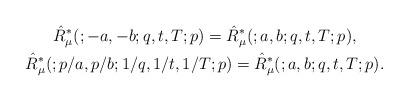
LaTeX: \begin{gather*}\hat{R}^*_\mu(;-a,-b;q,t,T;p) =\hat{R}^*_\mu(;a,b;q,t,T;p), \\\hat{R}^*_\mu(;p/a,p/b;1/q,1/t,1/T;p) =\hat{R}^*_\mu(;a,b;q,t,T;p).\end{gather*}